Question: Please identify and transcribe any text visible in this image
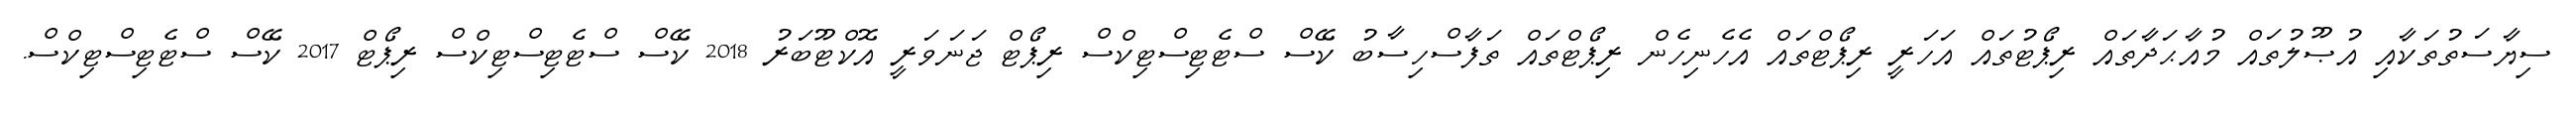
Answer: ސިޔާސަތުތަކާއި އުޞޫލުތައް މުއާޙަދާތައް ރިޕޯޓުތައް އަހަރީ ރިޕޯޓްތައް އެހެނިހެން ރިޕޯޓްތައް ތަފާސްހިސާބު ކޭސް ސްޓެޓިސްޓިކްސް ރިޕޯޓް ޖަނަވަރީ އޮކްޓޫބަރު 2018 ކޭސް ސްޓެޓިސްޓިކްސް ރިޕޯޓް 2017 ކޭސް ސްޓެޓިސްޓިކްސް.